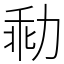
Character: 㔞